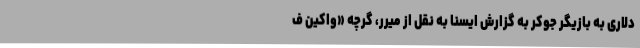
دلاری به بازیگر جوکر به گزارش ایسنا به نقل از میرر، گرچه «واکین ف